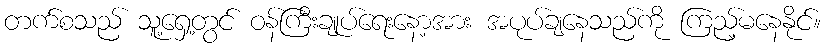
တက်စသည် သူ့ရှေ့တွင် ဝန်ကြီးချုပ်ရေးနော့အား အပုပ်ချနေသည်ကို ကြည့်မနေနိုင်။